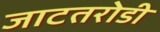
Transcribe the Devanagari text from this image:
जाटतरोडी